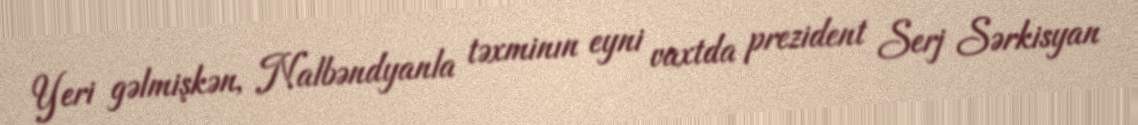
Yeri gəlmişkən, Nalbəndyanla təxminın eyni vaxtda prezident Serj Sərkisyan